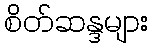
စိတ်ဆန္ဒများ